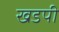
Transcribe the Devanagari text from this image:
खडपी